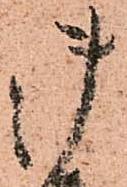
御